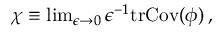
\begin{array} { r } { \chi \equiv \operatorname* { l i m } _ { \epsilon \rightarrow 0 } \epsilon ^ { - 1 } \mathrm { t r } \mathrm { C o v } ( \phi ) \, , } \end{array}